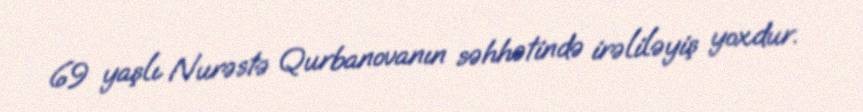
69 yaşlı Nurəstə Qurbanovanın səhhətində irəliləyiş yoxdur.